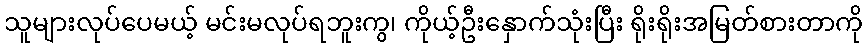
သူများလုပ်ပေမယ့် မင်းမလုပ်ရဘူးကွ၊ ကိုယ့်ဦးနှောက်သုံးပြီး ရိုးရိုးအမြတ်စားတာကို